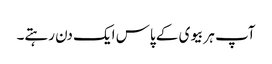
آپ ہر بیوی کے پاس ایک دن رہتے۔